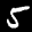
Label: 5